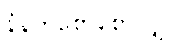
နံနက်စောစောလျှင်။